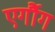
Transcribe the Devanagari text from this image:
एर्गौग